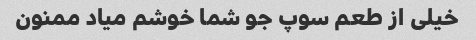
خیلی از طعم سوپ جو شما خوشم میاد ممنون